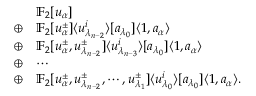
\begin{array} { r l } & { \mathbb { F } _ { 2 } [ u _ { \alpha } ] } \\ { \oplus } & { \mathbb { F } _ { 2 } [ u _ { \alpha } ^ { \pm } ] \langle u _ { \lambda _ { n - 2 } } ^ { i } \rangle [ a _ { \lambda _ { 0 } } ] \langle 1 , a _ { \alpha } \rangle } \\ { \oplus } & { \mathbb { F } _ { 2 } [ u _ { \alpha } ^ { \pm } , u _ { \lambda _ { n - 2 } } ^ { \pm } ] \langle u _ { \lambda _ { n - 3 } } ^ { i } \rangle [ a _ { \lambda _ { 0 } } ] \langle 1 , a _ { \alpha } \rangle } \\ { \oplus } & { \cdots } \\ { \oplus } & { \mathbb { F } _ { 2 } [ u _ { \alpha } ^ { \pm } , u _ { \lambda _ { n - 2 } } ^ { \pm } , \cdots , u _ { \lambda _ { 1 } } ^ { \pm } ] \langle u _ { \lambda _ { 0 } } ^ { i } \rangle [ a _ { \lambda _ { 0 } } ] \langle 1 , a _ { \alpha } \rangle . } \end{array}